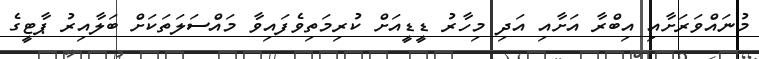
މުނައްވަރަށާއި އިބްރާ އަށާއި އަދި މިހާރު ޑީޑީއަށް ކުރިމަތިވެފައިވާ މައްސަލަތަކަށް ބަލާއިރު ޕާޓީގެ